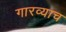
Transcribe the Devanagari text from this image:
गारव्याच